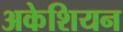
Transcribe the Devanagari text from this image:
अकेशियन